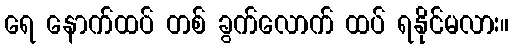
ရေ နောက်ထပ် တစ် ခွက်လောက် ထပ် ရနိုင်မလား။